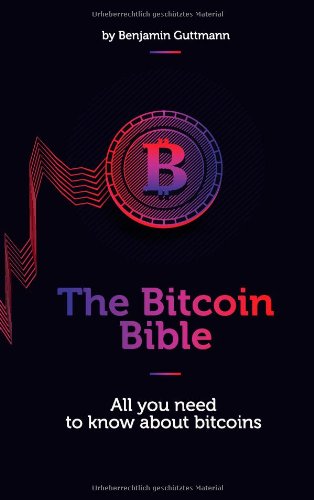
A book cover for The Bitcoin Bible; Computers & Technology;